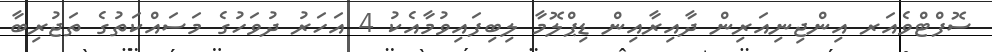
ސޮފްޓްވެއަރ އިންޖިނިއަރިން ދާއިރާއިން ޑިޕްލޮމާ ލިބިފައިވުމާއެކު 4 އަހަރު ދުވަހުގެ މަސައްކަތުގެ ތަޖުރިބާ